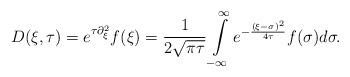
LaTeX: \begin{align*}D(\xi, \tau) = e^{\tau \partial^{2}_{\xi}} f(\xi) = \frac{1}{2\sqrt{\pi\tau}}\intop_{-\infty}^{\infty}e^{-\frac{\left(\xi-\sigma\right)^{2}}{4\tau}} f(\sigma)d\sigma.\end{align*}